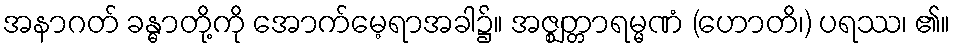
အနာဂတ် ခန္ဓာတို့ကို အောက်မေ့ရာအခါ၌။ အဇ္ဈတ္တာရမ္မဏံ (ဟောတိ၊) ပရဿ၊ ၏။